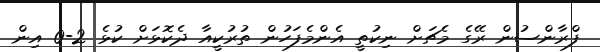
ފްރާންސުން ރޭގެ މެޗަށް ނިކުތީ އެންމެފަހުން ތުރުކީއާ ދެކޮޅަށް ކުޅެ 2-0 އިން